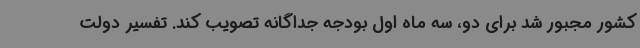
کشور مجبور شد برای دو، سه ماه اول بودجه جداگانه تصویب کند. تفسیر دولت